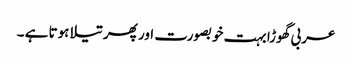
عربی گھوڑا بہت خوبصورت اور پھر تیلا ہوتا ہے ۔